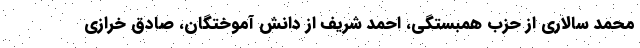
محمد سالاری از حزب همبستگی، احمد شریف از دانش آموختگان، صادق خرازی